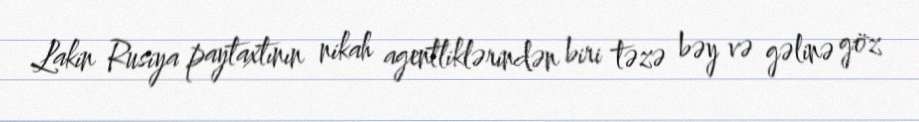
Lakin Rusiya paytaxtının nikah agentliklərindən biri təzə bəy və gəlinə göz